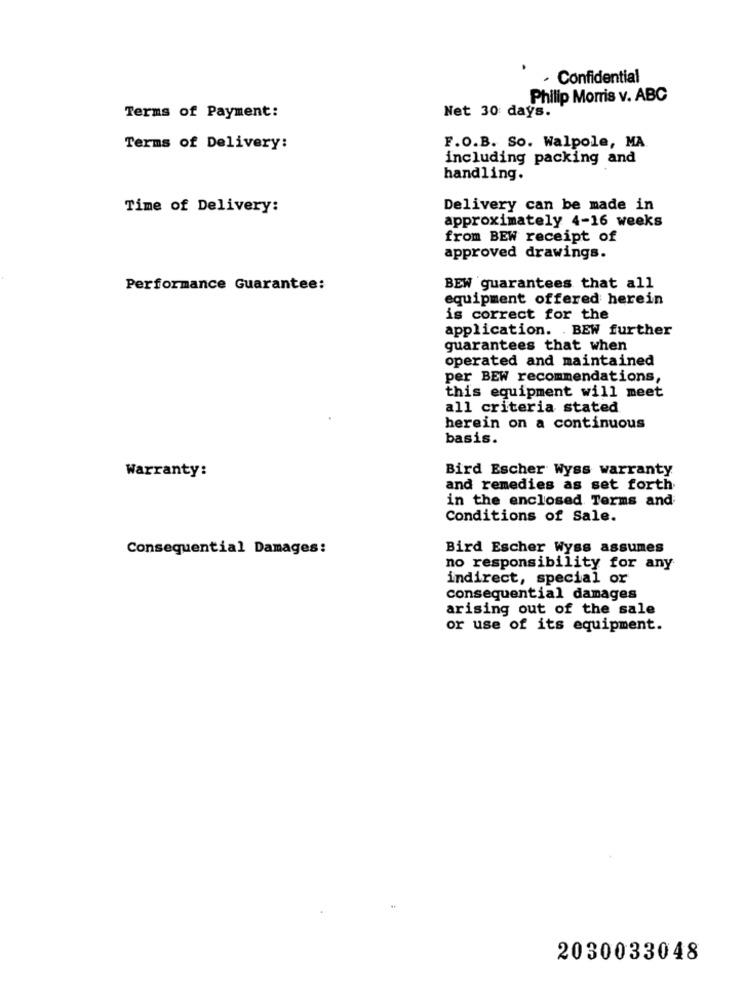
· Confidential
Philip Morris v. ABC
Net 30 days.
Terms of Payment:
Terms of Delivery:
F.O.B. So. Walpole, MA
including packing and
handling.
Time of Delivery:
Delivery can be made in
approximately 4-16 weeks
from BEW receipt of
approved drawings.
Performance Guarantee:
BEW guarantees that all
equipment offered herein
is correct for the
application. . BEW further
guarantees that when
operated and maintained
per BEW recommendations,
this equipment will meet
all criteria stated
herein on a continuous
basis.
Bird Escher Wyss warranty
Warranty:
and remedies as set forth
in the enclosed Terms and
Conditions of Sale.
Consequential Damages:
Bird Escher Wyss assumes
no responsibility for any
indirect, special or
consequential damages
arising out of the sale
or use of its equipment.
2030033048